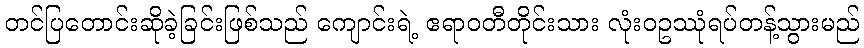
တင်ပြတောင်းဆိုခဲ့ခြင်းဖြစ်သည် ကျောင်းရဲ့ ဧရာဝတီတိုင်းသား လုံးဝဥဿုံရပ်တန့်သွားမည်